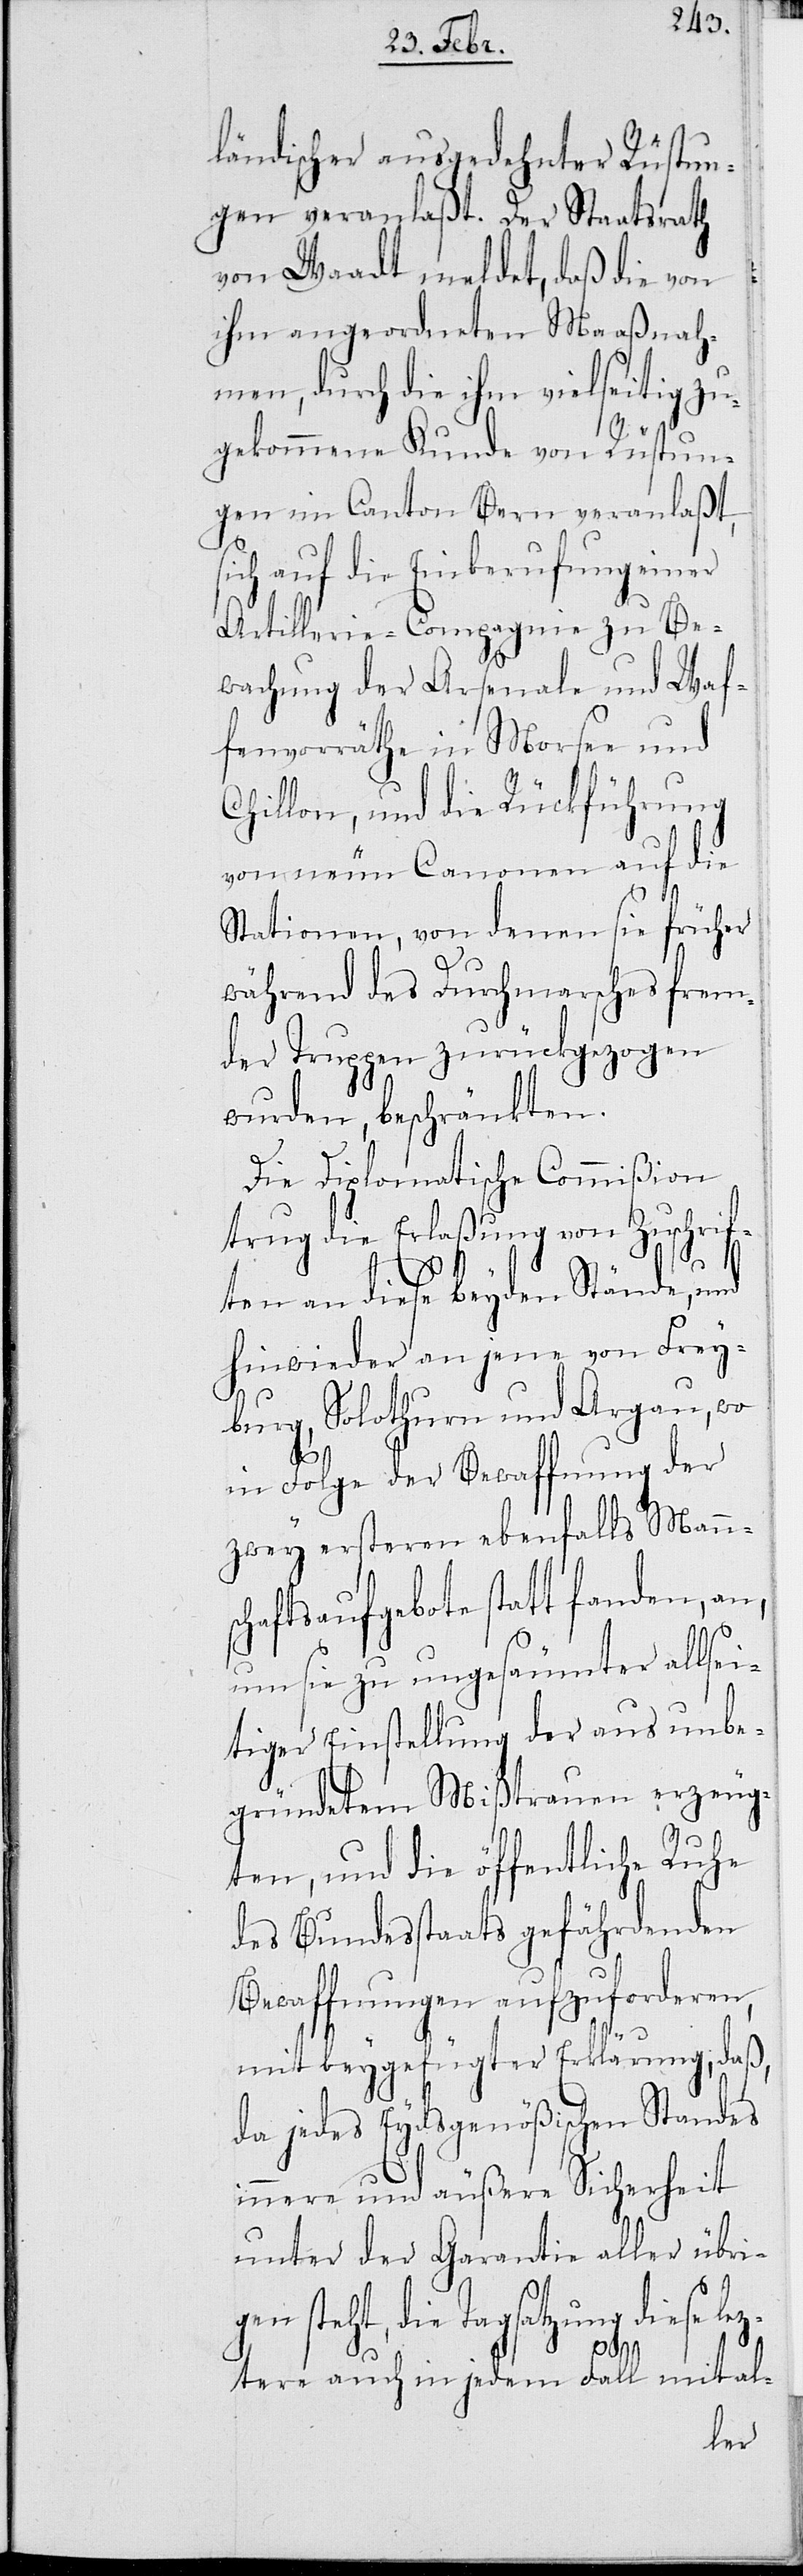
ländischer ausgedehnter Rüstun¬
gen veranlaßt. Der Staatsrath
von Waadt meldet, daß die von
ihm angeordneten Maaßnah¬
men, durch die ihm vielseitig zu¬
gekommene Kunde von Rüstun¬
gen im Canton Bern veranlaßt,
sich auf die Einberufung einer
Artillerie-Compagnie zu Be¬
wahrung der Arsenale und Waf¬
fenvorräthe in Morsee und
Chillon, und die Rückführung
von neuen Canonen auf die
Stationen, von denen sie früher
während des Durchmarsches frem¬
der Truppen zurückgezogen
wurden, beschränkten.
Die Diplomatische Commißion
trug die Erlaßung von Zuschrif¬
ten an diese beyden Stände, und
hinwieder an jene von Frey¬
burg, Solothurn und Argau, wo
in Folge der Bewaffnung der
zwey ersteren ebenfalls Manns¬
chaftsaufgebote statt fanden, an,
um sie zu ungesäumter allsei¬
tiger Einstellung der aus unbe¬
gründetem Mißtrauen erzeug¬
ten, und die öffentliche Ruhe
des Bundesstaats gefährdenden
Bewaffnungen aufzuforderen,
mit beygefügter Erklärung, daß,
da jedes Eydsgenößischen Standes
innere und äußere Sicherheit
unter der Garantie aller übri¬
gen steht, die Tagsatzung diese lez¬
tere auch in jedem Fall mit al-